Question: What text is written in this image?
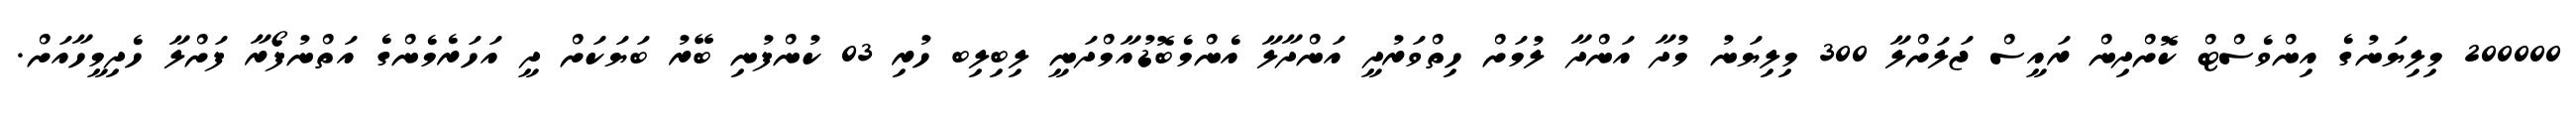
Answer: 200000 މިލިޔަނުގެ އިންވެސްޓް ކޮށްދިން ރައީސް ޖަލަށްލާ 300 މިލިޔަނު މުދާ އަންދާ ލުމަށް ހިތްވަރުދީ އަންދާލާ އެންމެބޮޑުއާމްދަނީ ލިބިލިބ ހުރި 03 ކުންފުނި ބޭރު ބަޔަކަށް ދީ އަހަރެމެންގެ އަތްނުފޯރާ ފަށްލާ ހެދިމީހާއަށް.